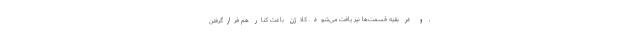
، و در بقیه قسمت‌ها نیز یافت می‌شود. کلاژن باعث کنار هم قرارگرفتن